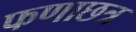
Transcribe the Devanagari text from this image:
फणाछत्र